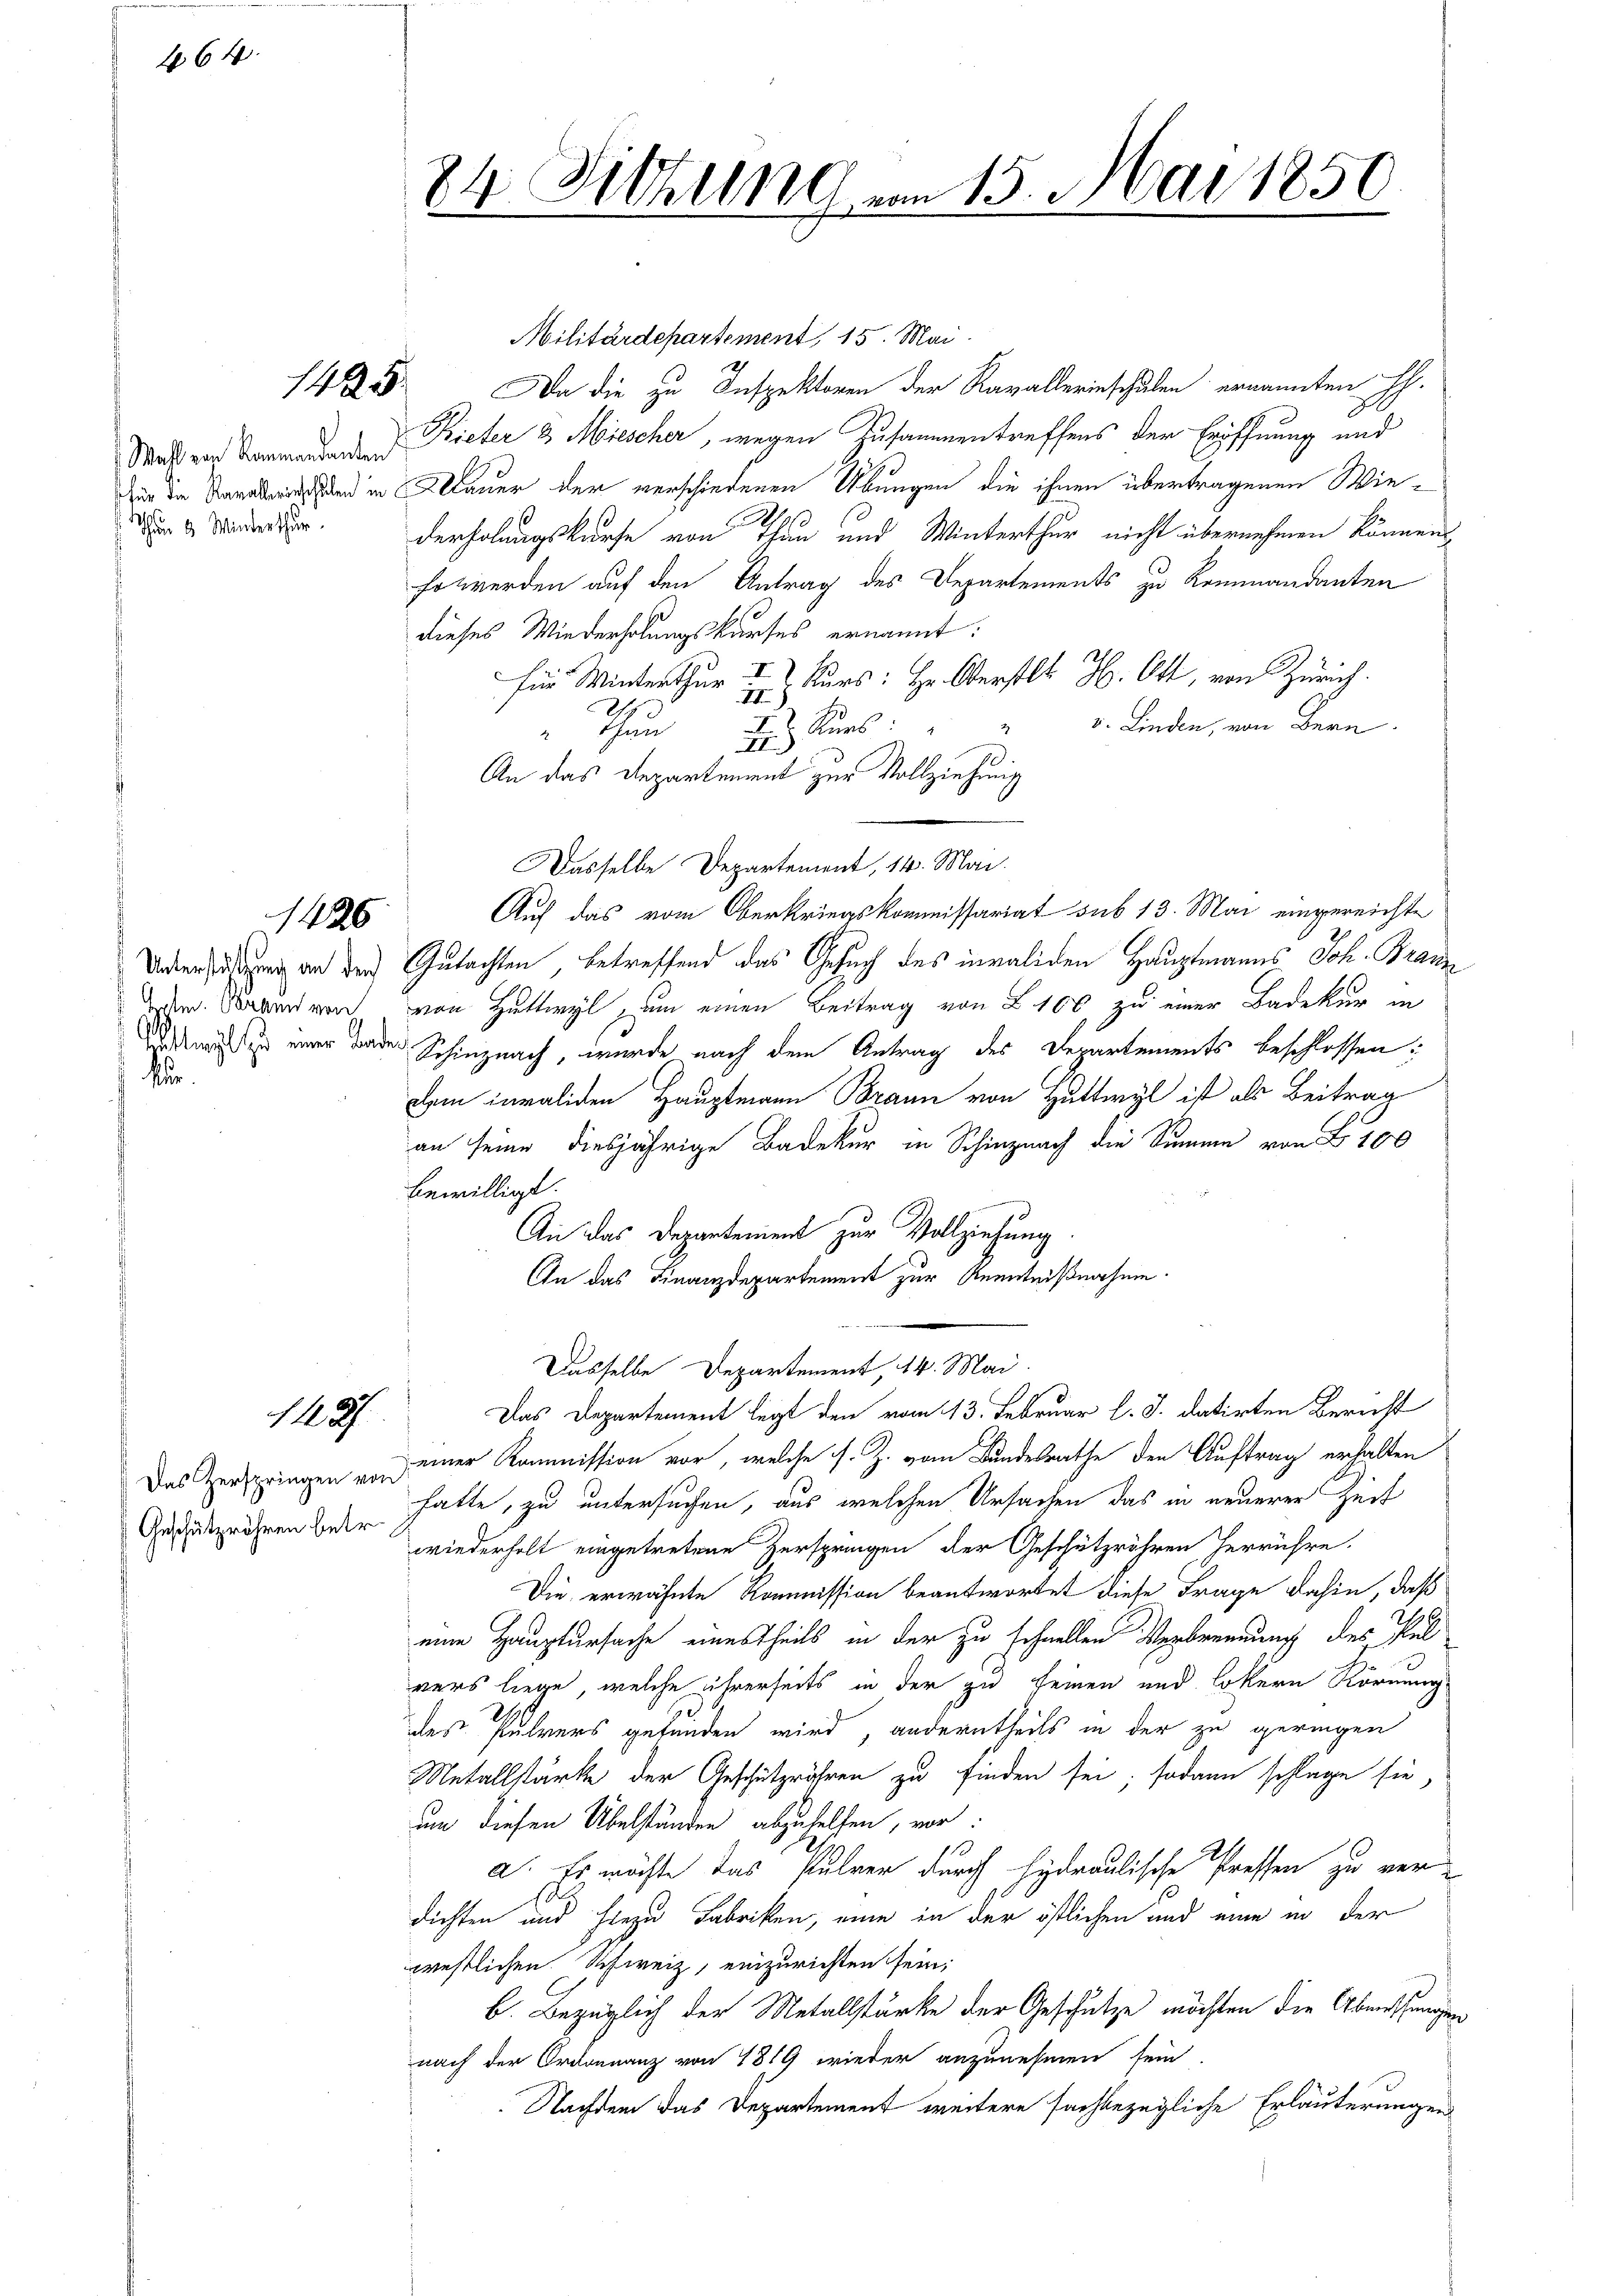
464.

1425.

Thun 8 Minderthur

1426

112

Das Zerspringen von
Geschützröhren betr.

24 Dittlung vom 15. Mai 1850

Militärdepartement, 15. Mai.
Da die zu Inspektoren der Ravallerinschulen ernannten H.
Waß von Sommenden Rieter & Miescher, wegen Zusammentreffens der Eröffnung und
dir die Sandbar und in Mauer der verschiedenen Übungen die ihnen übertragenen Wie¬
.
21.
derholungskurse von Thun und Winterthur nicht übernehmen können
Er werden auf den Antrag des Departements zu Kommandanten
dieses Wiederholungskurses ernannt:
für Winterthur u. Kurs: Hr. Oberstl. H. Ott, von Zürich.
1
v. Linden, von Bern.
II Kurs:
Thun
II)
An das Departement zur Vollziehung
Dasselbe Departement, 14. Mai.
Auf das vom Oberkriegskommissariat sub 13. Mai eingereichte
Unerfaßung an der Gutachten, betreffend das Gesuch des invaliden Hauptmanns Joh. Brand
dem Bunden von Huttwyl, um einen Beitrag von § 106, zu einer Badekur in
ndwie er einer weder Schinznach, wurde nach dem Antrag des Departements beschlossen:
dem invaliden Hauptmann Brann von Huttwyl ist als Beitrag
an seine diesjährige Badeker in Schinznach die Summe von B. 100
bewilligt.
An das Departement zur Vollziehung.
An das Finanzdepartement zur Kenntnißnahme.
Dasselbe Departement, 14. Mai.
Das Departement legt den vom 13. Februar l. J. datirten Bericht
einer Kommission vor, welche s. Z. vom Bundesrathe den Auftrag erhalten
hatte, zu untersuchen, aus welchen Ursachen das in neuerer Zeit
wiederholt eingetretene Zerspringen der Geschützröhren herrühre.
Die erwähnte Kommission beantwortet diese Frage dahin, daß
eine Hauptursache einestheils in der zu schnellen Verbrennung des Pul
vers liege, welche ihrerseits in der zu seinen und lokern Körnung
des Pulvers gefunden wird, anderntheils in der zu geringen
Netallstärke der Geschützrähren zu finden sei; sodann schlage sie
um diesen Übelständen abzuhelfen, vor:
a. Es möchte das Pulver durch Hydraulische Pressen zu verdichten und hiezu Fabriken, eine in der östlichen und eine in der
westlichen Schweiz, einzurichten sein;
b. Bezüglich der Metallstärke der Geschütze möchten die Abenthungen
nach der Ordonnanz von 1819 wieder anzunehmen sein.
Nachdem das Departement weitere sachbezügliche Erläuterungen

g